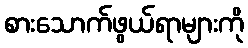
စားသောက်ဖွယ်ရာများကို